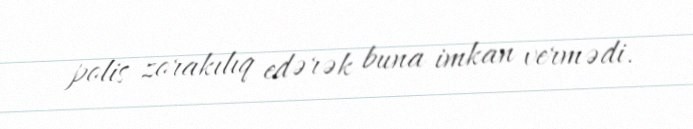
polis zorakılıq edərək buna imkan vermədi.